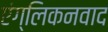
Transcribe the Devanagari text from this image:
एंग्लिकनवाद